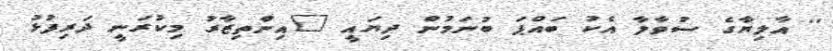
'' އާލިޔާގެ ސުވާލާ އެކު ބައްޕަ ބުނަމުން ދިޔައީ "އިންތިޒާރު މިކުރަނީ ދަރިފުޅު